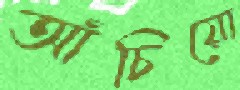
আঁচিয়ো